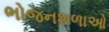
ભોજનશળાઓ